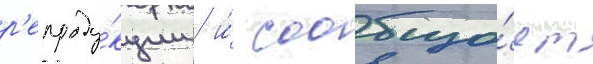
р'епроду́кции / и́ сообща́ет